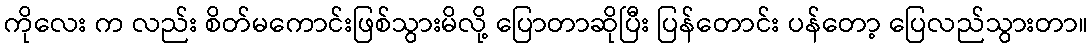
ကိုလေး က လည်း စိတ်မကောင်းဖြစ်သွားမိလို့ ပြောတာဆိုပြီး ပြန်တောင်း ပန်တော့ ပြေလည်သွားတာ။